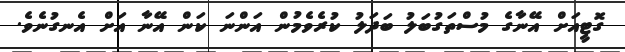
ގޮޓީއަށް އޭނާގެ މުސްތަގުބަލު ބަދަލު ކުރެވެމުން އަންނަ ކަން އޭނާ އަށް އެނގުނެވެ.